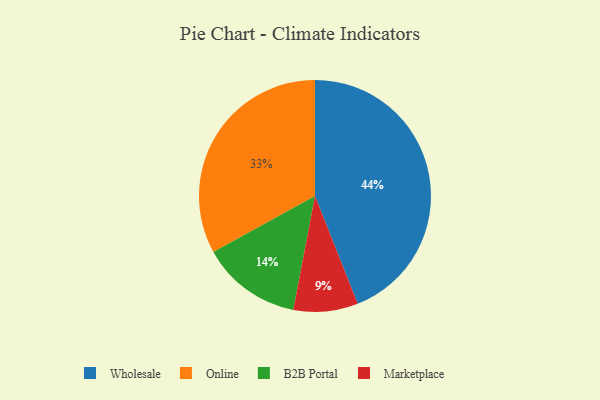
{"axis": {"x": "Category", "y": "Percentage"}, "legend": ["B2B Portal", "Marketplace", "Online", "Wholesale"], "data": [{"x": "Online", "y": 33, "type": "Online"}, {"x": "Wholesale", "y": 44, "type": "Wholesale"}, {"x": "Marketplace", "y": 9, "type": "Marketplace"}, {"x": "B2B Portal", "y": 14, "type": "B2B Portal"}]}